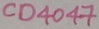
Text: CD4047